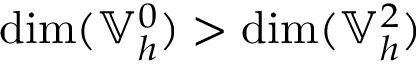
\dim ( \mathbb { V } _ { h } ^ { 0 } ) > \dim ( \mathbb { V } _ { h } ^ { 2 } )